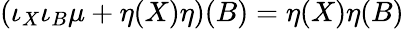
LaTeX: (\iota_{X}\iota_{B}\mu+\eta(X)\eta)(B)=\eta(X)\eta(B)